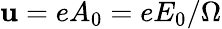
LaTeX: \mathbf{u}=eA_{0}=eE_{0}/\Omega